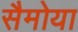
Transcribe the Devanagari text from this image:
सैमोया